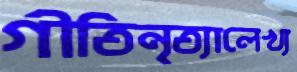
গীতিনৃত্যালেখ্য